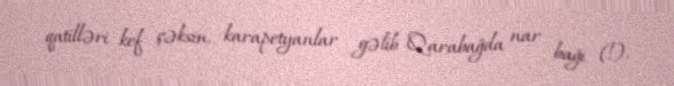
qatilləri kef çəksin, karapetyanlar gəlib Qarabağda nar bağı (!).